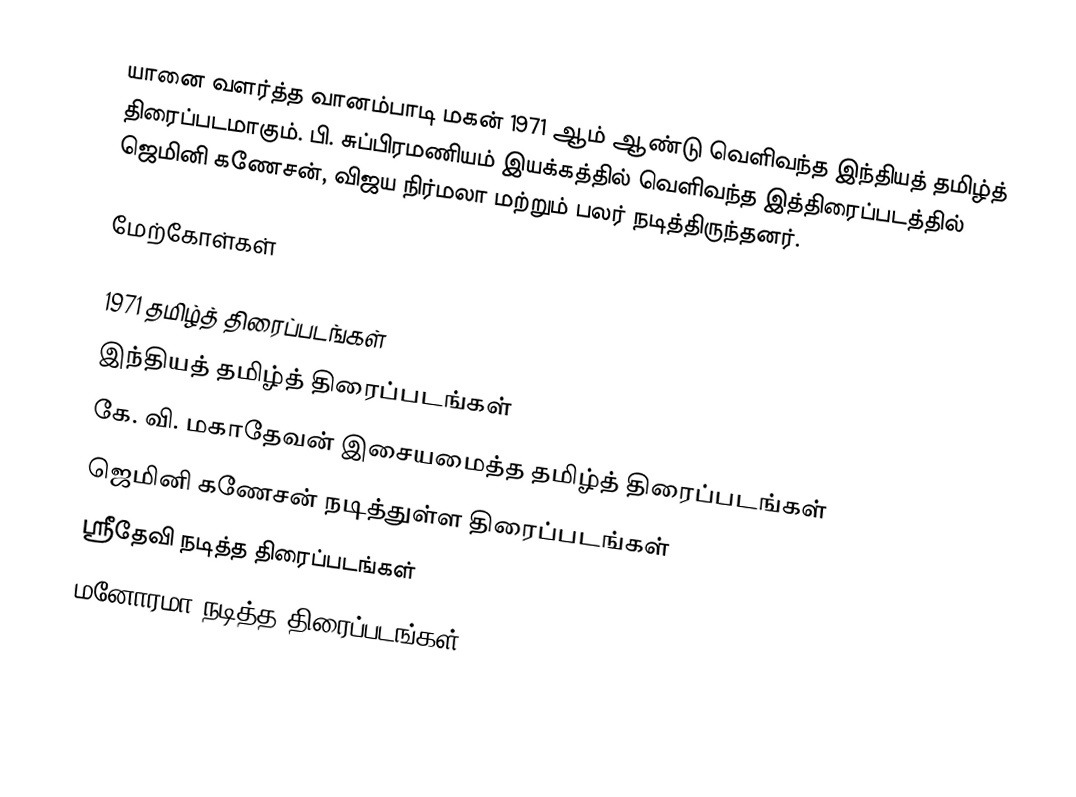
யானை வளர்த்த வானம்பாடி மகன் 1971 ஆம் ஆண்டு வெளிவந்த இந்தியத் தமிழ்த் திரைப்படமாகும். பி. சுப்பிரமணியம் இயக்கத்தில் வெளிவந்த இத்திரைப்படத்தில் ஜெமினி கணேசன், விஜய நிர்மலா மற்றும் பலர் நடித்திருந்தனர்.

மேற்கோள்கள்

1971 தமிழ்த் திரைப்படங்கள்
இந்தியத் தமிழ்த் திரைப்படங்கள்
கே. வி. மகாதேவன் இசையமைத்த தமிழ்த் திரைப்படங்கள்
ஜெமினி கணேசன் நடித்துள்ள திரைப்படங்கள்
ஸ்ரீதேவி நடித்த திரைப்படங்கள்
மனோரமா நடித்த திரைப்படங்கள்